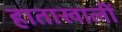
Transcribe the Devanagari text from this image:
हाताखालीं